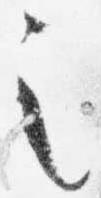
之